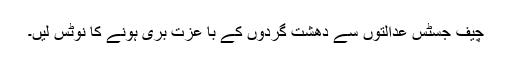
چیف جسٹس عدالتوں سے دھشت گردوں کے با عزت بری ہونے کا نوٹس لیں۔